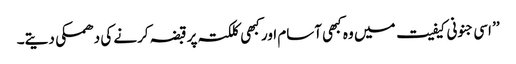
’’ اسی جنونی کیفیت میں وہ کبھی آسام اور کبھی کلکتہ پر قبضہ کرنے کی دھمکی دیتے۔